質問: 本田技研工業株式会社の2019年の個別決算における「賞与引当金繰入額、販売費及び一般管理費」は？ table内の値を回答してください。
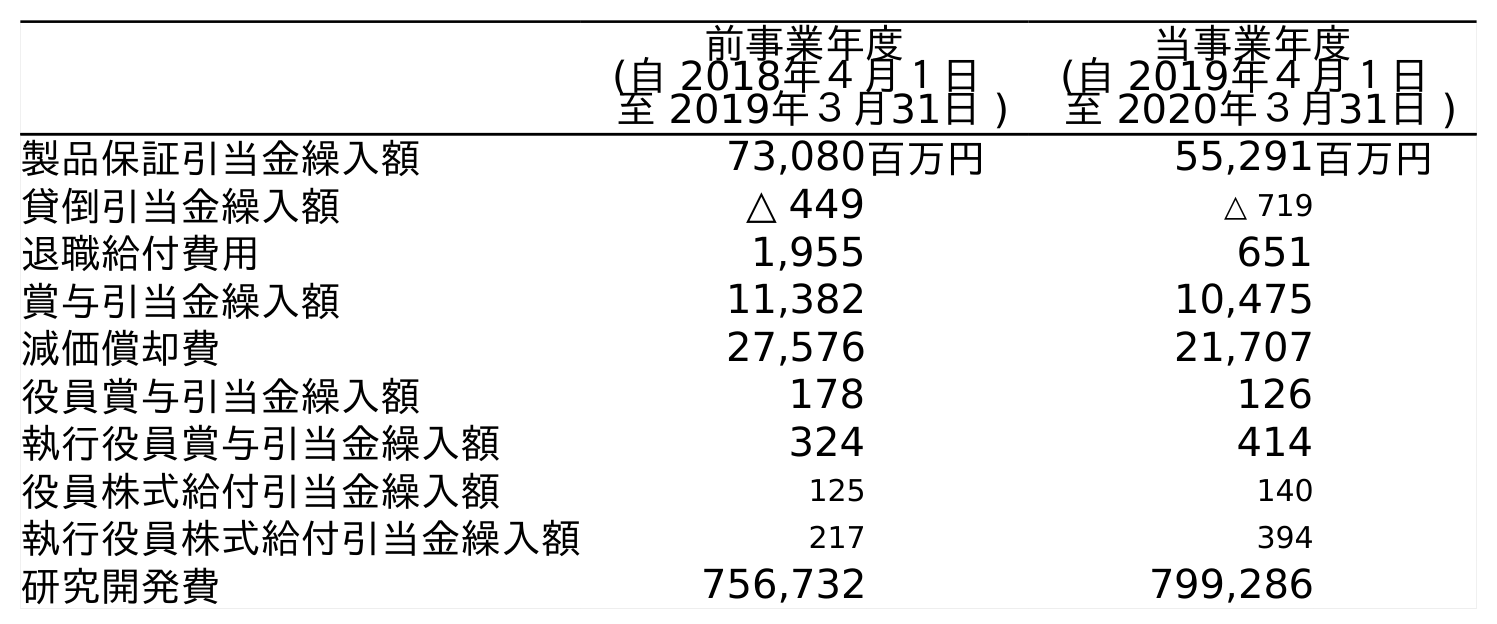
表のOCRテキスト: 前事業年度 (自 2018年４月１日 至 2019年３月31日 ) 当事業年度 (自 2019年４月１日 至 2020年３月31日 ) 製品保証引当金繰入額 73,080百万円 55,291百万円 貸倒引当金繰入額 △ 449 △ 719 退職給付費用 1,955 651 賞与引当金繰入額 11,382 10,475 減価償却費 27,576 21,707 役員賞与引当金繰入額 178 126 執行役員賞与引当金繰入額 324 414 役員株式給付引当金繰入額 125 140 執行役員株式給付引当金繰入額 217 394 研究開発費 756,732 799,286
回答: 11,382